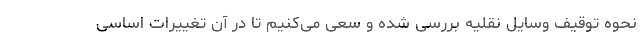
نحوه توقیف وسایل نقلیه بررسی شده و سعی می‌کنیم تا در آن تغییرات اساسی